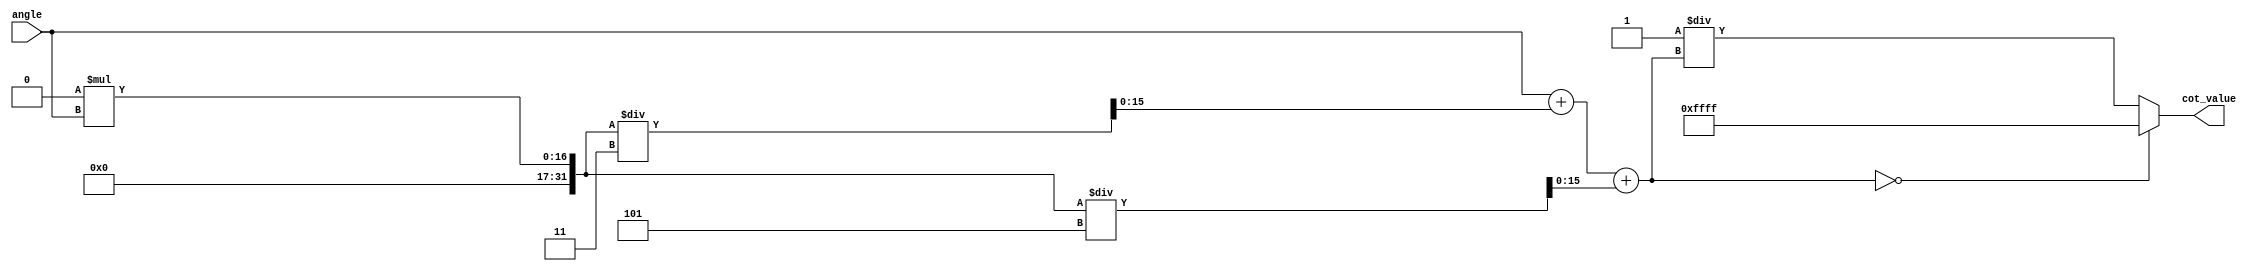
module cotangent (
    input wire [15:0] angle,  // Input angle in fixed-point representation (16 bits)
    output reg [15:0] cot_value // Output cotangent value in fixed-point representation (16 bits)
);

    wire [15:0] tan_value; // Intermediate variable to hold tangent value
    reg [15:0] reciprocal;  // Variable to hold the reciprocal of tan_value

    // Function to calculate tangent using Taylor series approximation for small angles
    function [15:0] tan_approx;
        input [15:0] x;
        reg [15:0] x_squared;
        begin
            x_squared = (x * x) >> 16; // x^2
            // tan(x)  x + x^3/3 + x^5/5 (only a few terms for approximation)
            tan_approx = x + (x_squared * x) / 3 + (x_squared * x_squared * x) / 5;
        end
    endfunction

    // Calculate tangent
    assign tan_value = tan_approx(angle);

    always @(*) begin
        // Check for undefined tangent (tan_value == 0)
        if (tan_value == 0) begin
            cot_value = 16'hFFFF; // Return large value to represent infinity
        end else begin
            // Calculate reciprocal
            reciprocal = 16'h0001 / tan_value; // Fixed-point reciprocal calculation
            cot_value = reciprocal;
        end
    end

endmodule